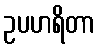
ဥပဟရိတာ